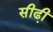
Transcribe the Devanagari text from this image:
सीढी़